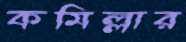
কমিল্লার